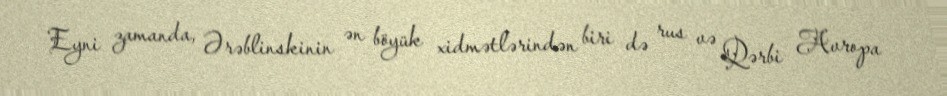
Eyni zamanda, Ərəblinskinin ən böyük xidmətlərindən biri də rus və Qərbi Avropa